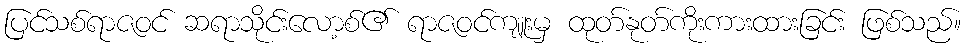
ပြင်သစ်ရာဇဝင် ဆရာသိုင်းလော့စ်၏ ရာဇဝင်ကျူးမှ ထုတ်နုတ်ကိုးကားထားခြင်း ဖြစ်သည်။